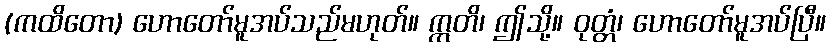
(ကထိတော) ဟောတော်မူအပ်သည်မဟုတ်။ ဣတိ၊ ဤသို့။ ဝုတ္တံ၊ ဟောတော်မူအပ်ပြီ။